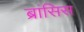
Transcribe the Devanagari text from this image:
ब्रांसिस